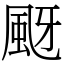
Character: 颬